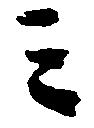
ミ